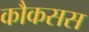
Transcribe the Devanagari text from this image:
कौकसस